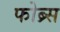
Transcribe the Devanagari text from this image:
फोब्र्स